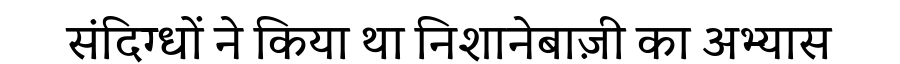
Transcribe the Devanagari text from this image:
संदिग्धों ने किया था निशानेबाज़ी का अभ्यास